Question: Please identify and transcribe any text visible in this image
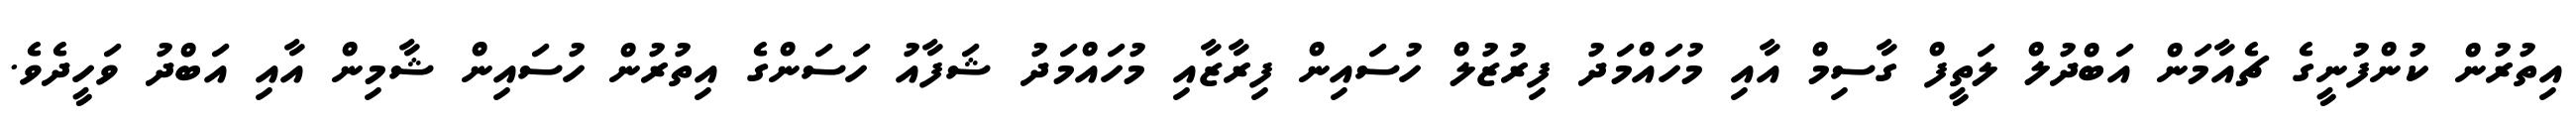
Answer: އިތުރުން ކުންފުނީގެ ޗެއާމަން އަބްދުލް ލަތީފް ގާސިމް އާއި މުހައްމަދު ފިރުޒުލް ހުސައިން ފިރާޒާއި މުހައްމަދު ޝަފާއު ހަސަންގެ އިތުރުން ހުސައިން ޝާމިން އާއި އަބްދު ވަހީދެވެ.